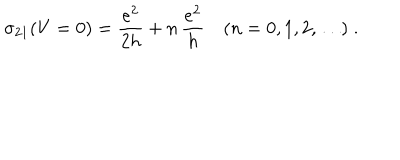
LaTeX: \sigma _ { 2 1 } ( V = 0 ) = \frac { e ^ { 2 } } { 2 h } + n \, \frac { e ^ { 2 } } { h } \quad ( n = 0 , 1 , 2 , \ldots ) \; .